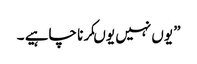
” یوں نہیں یوںکرنا چاہیے ۔